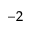
^ { - 2 }